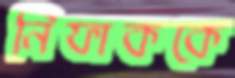
নিফাককে